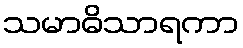
သမာဓိသာရကာ